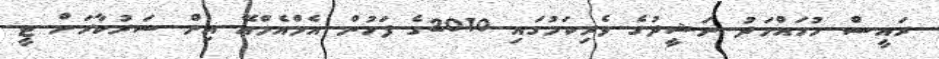
ރައީސް މުހައްމަދު ނަޝީދުގެ ވެރިކަމުގައި 2010ގެ ފަހުން އެމްއެމްއޭ އިން ސަރުކާރަށް ޓީ